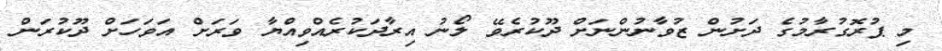
މި ޕުރޮގުރާމުގެ ދަށުން ޒުވާނުންނަށް ދޫކުރެވޭ ލޯނު އިރާދަކުރެއްވިއްޔާ ވަރަށް އަވަހަށް ދޫކުރަން